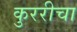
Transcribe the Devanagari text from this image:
कुररीचा